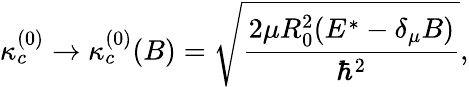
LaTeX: \kappa_{c}^{(0)}\rightarrow\kappa_{c}^{(0)}(B)=\sqrt{\frac{2\mu R_{0}^{2}(E^{*}-\delta_{\mu}B)}{\hbar^{2}}},